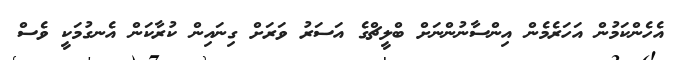
އެހެންކަމުން އަހަރެމެން އިންސާނުންނަށް ބްލީޗްގެ އަސަރު ވަރަށް ގިނައިން ކުރާކަން އެނގުމަކީ ވެސް